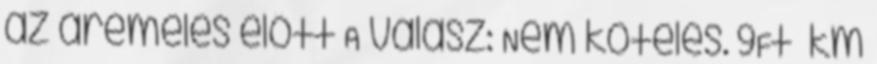
az áremelés előtt A válasz: Nem köteles. 9Ft km